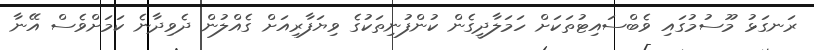
ރަނގަޅު މޫސުމުގައި ވެބްސައިޓުތަކަށް ހަމަލާދީގެން ކުންފުނިތަކުގެ ވިޔަފާރިއަށް ގެއްލުން ދެވިދާނެ ކަމަށްވެސް އޭނާ